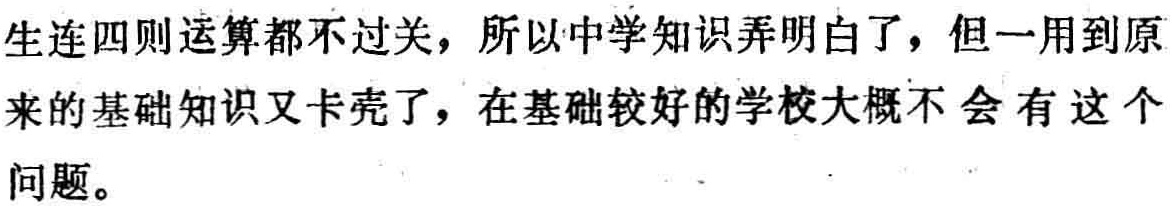
生连四则运算都不过关，所以中学知识弄明白了，但一用到原来的基础知识又卡壳了，在基础较好的学校大概不会有这个问题。